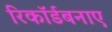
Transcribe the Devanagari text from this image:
रिकॉर्डबनाए